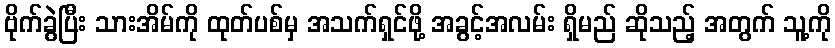
ဗိုက်ခွဲပြီး သားအိမ်ကို ထုတ်ပစ်မှ အသက်ရှင်ဖို့ အခွင့်အလမ်း ရှိမည် ဆိုသည့် အတွက် သူ့ကို